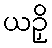
ယဉှိ